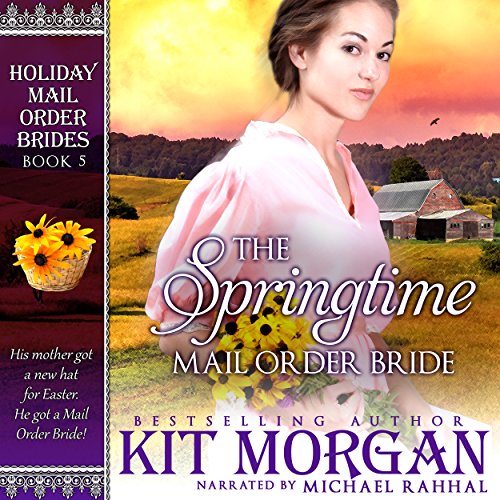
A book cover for The Springtime Mail Order Bride: Holiday Mail Order Brides, Book Five; Kit Morgan; Christian Books & Bibles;